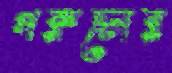
গরুচোর